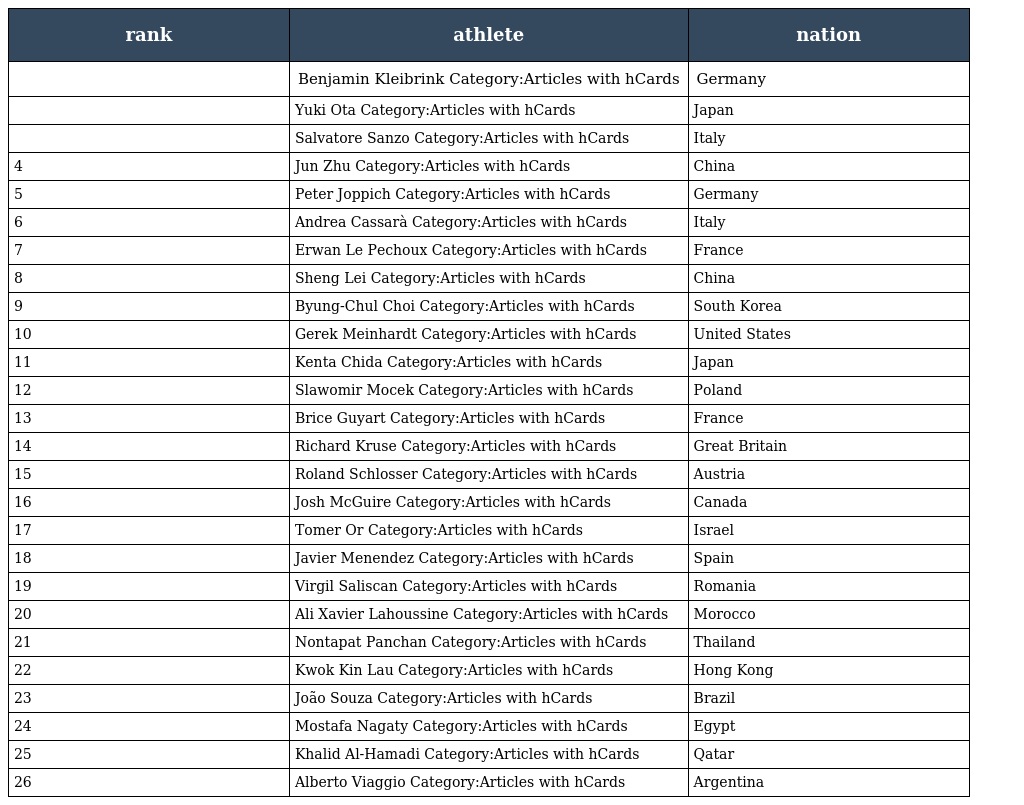
| rank | athlete | nation |
 | --- | --- | --- |
 |  | Benjamin Kleibrink Category:Articles with hCards | Germany |
 |  | Yuki Ota Category:Articles with hCards | Japan |
 |  | Salvatore Sanzo Category:Articles with hCards | Italy |
 | 4 | Jun Zhu Category:Articles with hCards | China |
 | 5 | Peter Joppich Category:Articles with hCards | Germany |
 | 6 | Andrea Cassarà Category:Articles with hCards | Italy |
 | 7 | Erwan Le Pechoux Category:Articles with hCards | France |
 | 8 | Sheng Lei Category:Articles with hCards | China |
 | 9 | Byung-Chul Choi Category:Articles with hCards | South Korea |
 | 10 | Gerek Meinhardt Category:Articles with hCards | United States |
 | 11 | Kenta Chida Category:Articles with hCards | Japan |
 | 12 | Slawomir Mocek Category:Articles with hCards | Poland |
 | 13 | Brice Guyart Category:Articles with hCards | France |
 | 14 | Richard Kruse Category:Articles with hCards | Great Britain |
 | 15 | Roland Schlosser Category:Articles with hCards | Austria |
 | 16 | Josh McGuire Category:Articles with hCards | Canada |
 | 17 | Tomer Or Category:Articles with hCards | Israel |
 | 18 | Javier Menendez Category:Articles with hCards | Spain |
 | 19 | Virgil Saliscan Category:Articles with hCards | Romania |
 | 20 | Ali Xavier Lahoussine Category:Articles with hCards | Morocco |
 | 21 | Nontapat Panchan Category:Articles with hCards | Thailand |
 | 22 | Kwok Kin Lau Category:Articles with hCards | Hong Kong |
 | 23 | João Souza Category:Articles with hCards | Brazil |
 | 24 | Mostafa Nagaty Category:Articles with hCards | Egypt |
 | 25 | Khalid Al-Hamadi Category:Articles with hCards | Qatar |
 | 26 | Alberto Viaggio Category:Articles with hCards | Argentina |